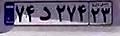
۷۴د۲۷۴۲۳